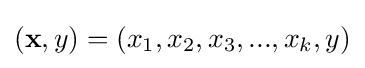
({\textbf {x}},y)=(x_{1},x_{2},x_{3},...,x_{k},y)